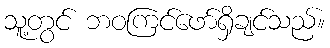
သူ့တွင် ဘဝကြင်ဖော်ရှိချင်သည်။